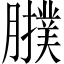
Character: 𦢟